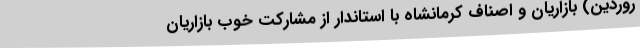
روردین) بازاریان و اصناف کرمانشاه با استاندار از مشارکت خوب بازاریان